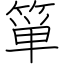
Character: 箪